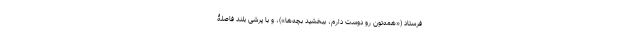
فرستاد («همه‌تون رو دوست دارم، ببخشید بچه‌ها»)، و با پرشی بلند فاصلۀ